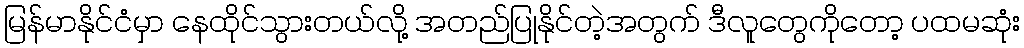
မြန်မာနိုင်ငံမှာ နေထိုင်သွားတယ်လို့ အတည်ပြုနိုင်တဲ့အတွက် ဒီလူတွေကိုတော့ ပထမဆုံး